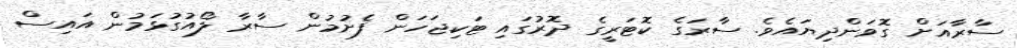
ސާރާއަށް ގޮވަންދިޔައެވެ. ސާރަގެ ކޮޓަރީގެ ދޮރުގައި ޓަކިޖަހަން ފެށުމުން ސާރާ ލޯއުގުޅަމުން އައިސް